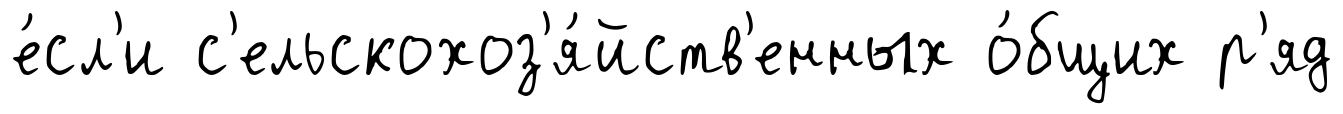
е́сл'и с'ельскохоз'я́йств'енных о́бщих р'яд